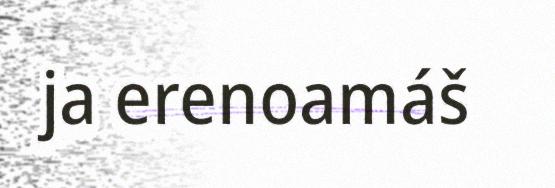
ja erenoamáš